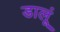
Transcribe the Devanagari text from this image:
डालूं